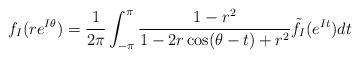
LaTeX: \begin{align*}f_I(re^{I\theta})= \frac{1}{2\pi}\int_{-\pi}^{\pi} \frac{1-r^2}{1-2r\cos (\theta -t) +r^2}\tilde{f}_I(e^{It})dt\end{align*}